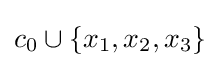
c_{0}\cup \{x_{1},x_{2},x_{3}\}